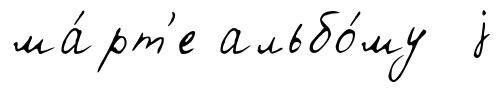
ма́рт'е альбо́му j